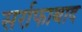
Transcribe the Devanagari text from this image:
सर्राफाबाद